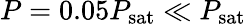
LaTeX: P=0.05P_{\mathrm{sat}}\ll P_{\mathrm{sat}}